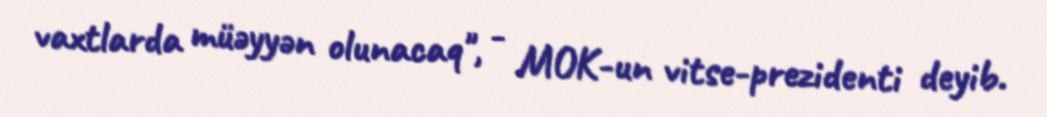
vaxtlarda müəyyən olunacaq", - MOK-un vitse-prezidenti deyib.